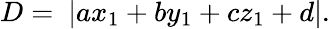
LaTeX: D=\ |ax_{1}+by_{1}+cz_{1}+d|.